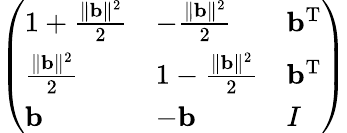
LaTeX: {\left(\begin{array}{lll}{1+{\frac{\| \mathbf{b}\| ^{2}}{2}}}&{-{\frac{\| \mathbf{b}\| ^{2}}{2}}}&{\mathbf{b}^{\operatorname{T}}}\\ {{\frac{\| \mathbf{b}\| ^{2}}{2}}}&{1-{\frac{\| \mathbf{b}\| ^{2}}{2}}}&{\mathbf{b}^{\operatorname{T}}}\\ {\mathbf{b}}&{-\mathbf{b}}&{I}\end{array}\right)}